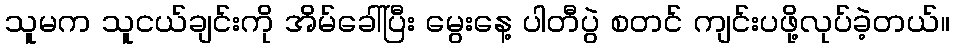
သူမက သူငယ်ချင်းကို အိမ်ခေါ်ပြီး မွေးနေ့ ပါတီပွဲ စတင် ကျင်းပဖို့လုပ်ခဲ့တယ်။